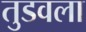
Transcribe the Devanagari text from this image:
तुडवला